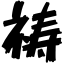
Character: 祷